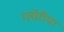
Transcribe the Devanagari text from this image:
ग्लोरीया